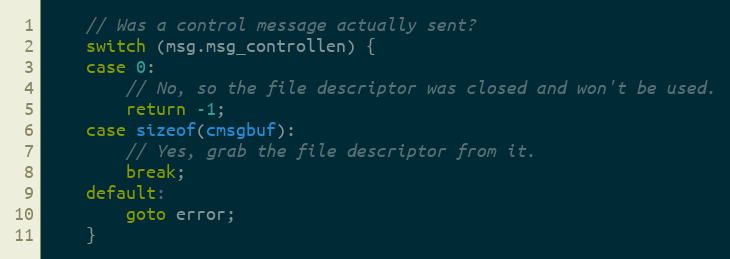
Language: C++
    // Was a control message actually sent?
    switch (msg.msg_controllen) {
    case 0:
        // No, so the file descriptor was closed and won't be used.
        return -1;
    case sizeof(cmsgbuf):
        // Yes, grab the file descriptor from it.
        break;
    default:
        goto error;
    }